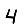
Digit: 4